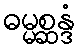
ဓမ္မစ္ဆန္ဒံ